Vaccination in Bombay 1874-1876 - 1874-1876
Year: 1874
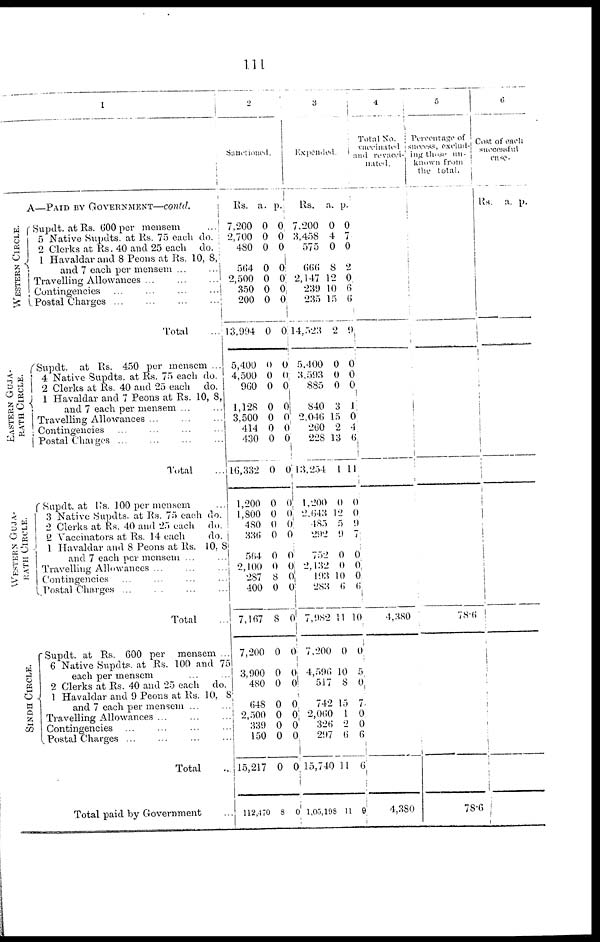
111
1
A—PAID BY GOVERNMENT—contd.
WESTERN CIRCLE.
EASTERN GUJA-
RATH CIRCLE.
WESTERN GUJA-
RATH CIRCLE.
SINDH CIRCLE.
Supdt. at Rs. 600 per mensem
...
5 Native Supdts. at Rs. 75 each do.
2 Clerks at Rs. 40 and 25 each
do.
1 Havaldar and 8 Peons at Rs. 10, 8,
and 7 each per mensem ...
...
Travelling Allowances ...
...
...
Contingencies ... ... ... ...
Postal Charges ... ... ... ...
Total ...
Supdt.
at Rs. 450 per mensem ...
4 Native Supdts. at Rs. 75 each do.
2 Clerks at Rs. 40 and 25 each
do.
1 Havaldar and 7 Peons at Rs. 10, 8,
and 7 each per mensem ... ...
Travelling Allowances ... ... ...
Contingencies ... ... ... ...
Postal Charges ... ... ... ...
Total ...
Supdt. at Rs. 100 per mensem
3 Native Supdts. at Rs. 75 each do.
2 Clerks at Rs. 40 and 25 each
do.
2 Vaccinators at Rs. 14 each
do.
1 Havaldar and 8 Peons at Rs. 10, 8
and 7 each per mensem ... ...
Travelling Allowances ... ... ...
Contingencies ... ... ... ...
Postal Charges ... ... ... ...
Total ...
Supdt. at Rs. 600 per mensem ...
6 Native Supdts. at Rs. 100 and 75
each per mensem
2 Clerks at Rs. 40 and 25 each
do.
1 Havaldar and 9 Peons at Rs. 10, 8
and 7 each per mensem ... ...
Travelling Allowances ... ... ...
Contingencies ... ... ...
Postal Charges ... ... ... ...
Total ...
Total paid by Government ...
2
Sanctioned.
Rs.
7,200
2,700
480
564
2,500
350
200
13,994
5,400
4,500
960
1,128
3,500
414
430
16,332
1,200
1,800
480
336
564
2,100
287
400
7,167
7,200
3,900
480
648
2,500
339
150
15,217
112,470
a.
0
0
0
0
0
0
0
0
0
0
0
0
0
0
0
0
0
0
0
0
0
0
8
0
8
0
0
0
0
0
0
0
0
8
p.
0
0
0
0
0
0
0
0
0
0
0
0
0
0
0
0
0
0
0
0
0
0
0
0
0
0
0
0
0
0
0
0
0
0
3
Expended.
Rs.
7,200
3,458
575
666
2,147
239
235
14,523
5,400
3,593
885
840
2,046
260
228
13,254
1,200
2,643
485
292
752
2,132
193
283
7,982
7,200
4,596
517
742
2,060
326
297
15,740
1,05,198
a.
0
4
0
8
12
10
15
2
0
0
0
3
15
2
13
1
0
12
5
9
0
0
10
6
11
0
10
8
15
1
2
6
11
11
p.
0
7
0
2
0
6
6
9
0
0
0
1
0
4
6
11
0
0
9
7
0
0
0
6
10
0
5
0
7
0
0
6
6
9
4
Total No.
vaccinated
and revacci-
nated.
4,380
4,380
5
Percetage of
success, exclud-
ing those un-
known from
the total.
78.6
78.6
6
Cost of each
successful
case.
RS.
a. p.